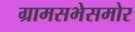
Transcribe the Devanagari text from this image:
ग्रामसभेसमोर